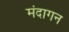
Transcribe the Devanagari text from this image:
मंदागन